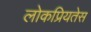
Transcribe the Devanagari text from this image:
लोकप्रियतेस